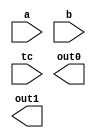

module DW02_multp( a, b, tc, out0, out1 );


// parameters
parameter a_width = 8;
parameter b_width = 8;
parameter out_width = 18;

`define npp ((a_width/2) + 2)
`define xdim (a_width+b_width+1)
`define bsxt (a_width+1)

//-----------------------------------------------------------------------------
// ports
input [a_width-1 : 0]	a;
input [b_width-1 : 0]	b;
input			tc;
output [out_width-1:0]	out0, out1;



//-----------------------------------------------------------------------------
// synopsys translate_off

reg   [`xdim-1 : 0]     pp_array [0 : `npp-1];
reg   [`xdim-1 : 0]	tmp_OUT0, tmp_OUT1;
wire  [a_width+2 : 0]	a_padded;
wire  [`xdim-1 : 0]	b_padded;
wire  [`xdim-b_width-1 : 0]	temp_padded;
wire  			a_sign, b_sign, out_sign;

//-----------------------------------------------------------------------------

  
  initial begin : parameter_check
    integer param_err_flg;

    param_err_flg = 0;
    
    
    if (a_width < 1) begin
      param_err_flg = 1;
      $display(
	"ERROR: %m :\n  Invalid value (%d) for parameter a_width (lower bound: 1)",
	a_width );
    end
    
    if (b_width < 1) begin
      param_err_flg = 1;
      $display(
	"ERROR: %m :\n  Invalid value (%d) for parameter b_width (lower bound: 1)",
	b_width );
    end
    
    if (out_width < (a_width+b_width+2)) begin
      param_err_flg = 1;
      $display(
	"ERROR: %m :\n  Invalid value (%d) for parameter out_width (lower bound: (a_width+b_width+2))",
	out_width );
    end
  
    if ( param_err_flg == 1) begin
      $display(
        "%m :\n  Simulation aborted due to invalid parameter value(s)");
      $finish;
    end

  end // parameter_check

//-----------------------------------------------------------------------------

  assign a_sign = tc & a[a_width-1];
  assign b_sign = tc & b[b_width-1];
  assign a_padded = {a_sign, a_sign, a, 1'b0};
  assign temp_padded = {`bsxt{b_sign}};
  assign b_padded = {temp_padded, b};

  always @ (a_padded or b_padded)
  begin : mk_pp_array
    reg [`xdim-1 : 0] temp_pp_array [0 : `npp-1];
    reg [`xdim-1 : 0] next_pp_array [0 : `npp-1];
    reg [`xdim+3 : 0] temp_pp;
    reg [`xdim-1 : 0] new_pp;
    reg [`xdim-1 : 0] tmp_pp_carry;
    reg [a_width+2 : 0] temp_a_padded;
    reg [2 : 0] temp_bitgroup;
    integer bit_pair, pp_count, i;

    temp_pp_array[0] = {`xdim{1'b0}};

    for (bit_pair=0 ; bit_pair < `npp-1 ; bit_pair = bit_pair+1)
    begin
      temp_a_padded = (a_padded >> (bit_pair*2));
      temp_bitgroup = temp_a_padded[2 : 0];

      case (temp_bitgroup)
        3'b000, 3'b111 :
          temp_pp = {`xdim{1'b0}};
        3'b001, 3'b010 :
          temp_pp = b_padded;
        3'b011 :
          temp_pp = b_padded << 1;
        3'b100 :
          temp_pp = (~(b_padded << 1) + 1);
        3'b101, 3'b110 :
          temp_pp =  ~b_padded + 1;
        default : temp_pp = {`xdim{1'b0}};
      endcase

      temp_pp = temp_pp << (2 * bit_pair);
      new_pp = temp_pp[`xdim-1 : 0];
      temp_pp_array[bit_pair+1] = new_pp;
    end
    pp_count = `npp;

    while (pp_count > 2)
    begin
      for (i=0 ; i < (pp_count/3) ; i = i+1)
      begin
        next_pp_array[i*2] = temp_pp_array[i*3] ^ temp_pp_array[i*3+1] ^ temp_pp_array[i*3+2];

        tmp_pp_carry = (temp_pp_array[i*3] & temp_pp_array[i*3+1]) |
                       (temp_pp_array[i*3+1] & temp_pp_array[i*3+2]) |
                       (temp_pp_array[i*3] & temp_pp_array[i*3+2]);

        next_pp_array[i*2+1] = tmp_pp_carry << 1;
      end

      if ((pp_count % 3) > 0)
      begin
        for (i=0 ; i < (pp_count % 3) ; i = i + 1)
        next_pp_array[2 * (pp_count/3) + i] = temp_pp_array[3 * (pp_count/3) + i];
      end

      for (i=0 ; i < `npp ; i = i + 1) 
        temp_pp_array[i] = next_pp_array[i];

      pp_count = pp_count - (pp_count/3);
    end

    tmp_OUT0 <= temp_pp_array[0];

    if (pp_count > 1)
      tmp_OUT1 <= temp_pp_array[1];
    else
      tmp_OUT1 <= {`xdim{1'b0}};
  end // mk_pp_array


  assign out_sign = tmp_OUT0[`xdim-1] | tmp_OUT1[`xdim-1];
  assign out0 = ((^(a ^ a) !== 1'b0) | (^(b ^ b) !== 1'b0) | (^(tc ^ tc) !== 1'b0)) ? {out_width{1'bx}} 
                : {{out_width-`xdim{1'b0}}, tmp_OUT0};
  assign out1 = ((^(a ^ a) !== 1'b0) | (^(b ^ b) !== 1'b0) | (^(tc ^ tc) !== 1'b0)) ? {out_width{1'bx}} 
                : {{out_width-`xdim{out_sign}}, tmp_OUT1};

// synopsys translate_on
endmodule